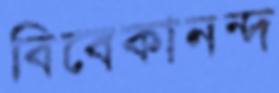
বিবেকানন্দ